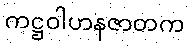
ကဋ္ဌဝါဟနဇာတက